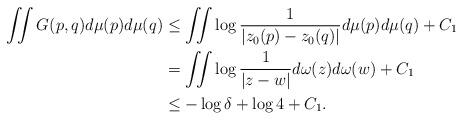
LaTeX: \begin{align*} \iint G(p,q) d\mu(p) d\mu(q) & \leq \iint \log \frac{1}{|z_0(p)-z_0(q)|} d\mu(p)d\mu(q) + C_1 \\ & = \iint \log \frac{1}{|z-w|} d\omega(z) d\omega(w) + C_1 \\ & \leq -\log \delta + \log 4 + C_1. \end{align*}